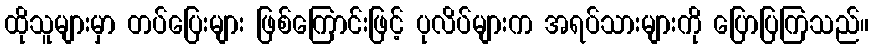
ထိုသူများမှာ တပ်ပြေးများ ဖြစ်ကြောင်းဖြင့် ပုလိပ်များက အရပ်သားများကို ပြောပြကြသည်။